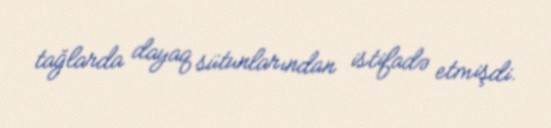
tağlarda dayaq sütunlarından istifadə etmişdi.